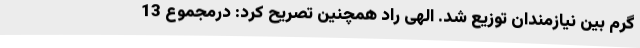
گرم بین نیازمندان توزیع شد. الهی راد همچنین تصریح کرد: درمجموع 13